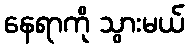
နေရာကို သွားမယ်